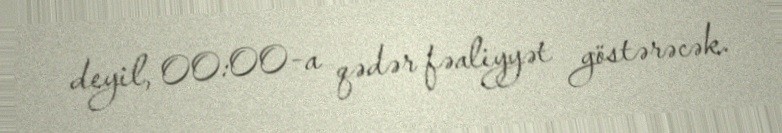
deyil, 00:00-a qədər fəaliyyət göstərəcək.